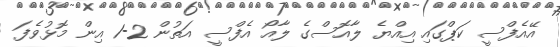
އޭއެފްސީ ކަޕްގައި އިއްޔެ ލާއޮސްގެ ލާއޯ އެފްސީ އަތުން 2-1 އިން މޮޅުވެފަ